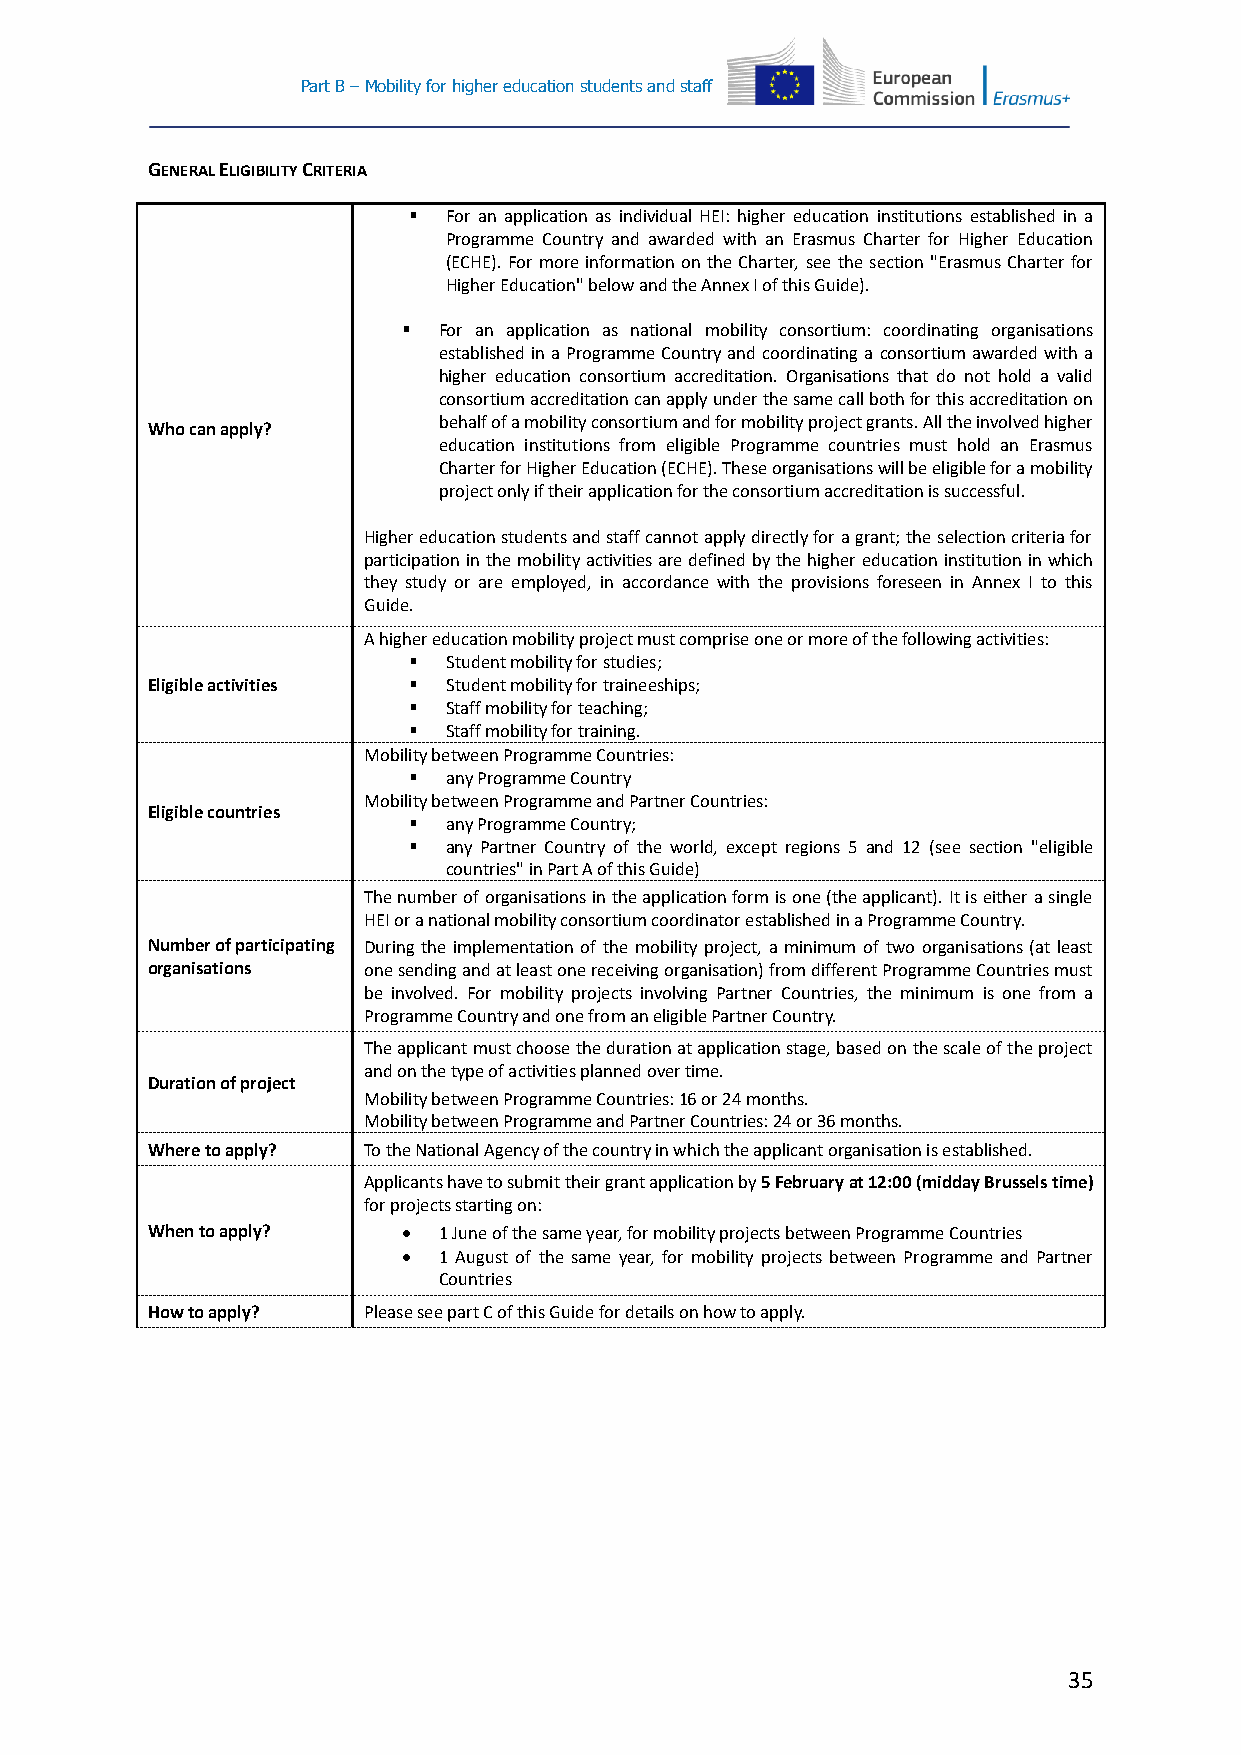
Part B – Mobility for higher education students and staff
 GENERAL ELIGIBILITY CRITERIA
   For an application as individual HEI: higher education institutions established in a
 Programme Country and awarded with an Erasmus Charter for Higher Education
 (ECHE). For more information on the Charter, see the section "Erasmus Charter for
 Higher Education" below and the Annex I of this Guide).
  For an application as national mobility consortium: coordinating organisations
 established in a Programme Country and coordinating a consortium awarded with a
 higher education consortium accreditation. Organisations that do not hold a valid
 consortium accreditation can apply under the same call both for this accreditation on
 behalf of a mobility consortium and for mobility project grants. All the involved higher
 Who can apply?
 education institutions from eligible Programme countries must hold an Erasmus
 Charter for Higher Education (ECHE). These organisations will be eligible for a mobility
 project only if their application for the consortium accreditation is successful.
 Higher education students and staff cannot apply directly for a grant; the selection criteria for
 participation in the mobility activities are defined by the higher education institution in which
 they study or are employed, in accordance with the provisions foreseen in Annex I to this
 Guide.
 A higher education mobility project must comprise one or more of the following activities:
   Student mobility for studies;
 Eligible activities  Student mobility for traineeships;
   Staff mobility for teaching;
   Staff mobility for training.
 Mobility between Programme Countries:
   any Programme Country
 Mobility between Programme and Partner Countries:
 Eligible countries
   any Programme Country;
   any Partner Country of the world, except regions 5 and 12 (see section "eligible
 countries" in Part A of this Guide)
 The number of organisations in the application form is one (the applicant). It is either a single
 HEI or a national mobility consortium coordinator established in a Programme Country.
 Number of participating During the implementation of the mobility project, a minimum of two organisations (at least
 organisations one sending and at least one receiving organisation) from different Programme Countries must
 be involved. For mobility projects involving Partner Countries, the minimum is one from a
 Programme Country and one from an eligible Partner Country.
 The applicant must choose the duration at application stage, based on the scale of the project
 and on the type of activities planned over time.
 Duration of project
 Mobility between Programme Countries: 16 or 24 months.
 Mobility between Programme and Partner Countries: 24 or 36 months.
 Where to apply? To the National Agency of the country in which the applicant organisation is established.
 Applicants have to submit their grant application by 5 February at 12:00 (midday Brussels time)
 for projects starting on:
 When to apply?    1 June of the same year, for mobility projects between Programme Countries
  1 August of the same year, for mobility projects between Programme and Partner
 Countries
 How to apply? Please see part C of this Guide for details on how to apply.
 35